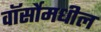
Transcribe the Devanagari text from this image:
वॉर्सोमधील